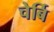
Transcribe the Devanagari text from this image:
चेर्बि